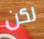
لكن